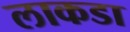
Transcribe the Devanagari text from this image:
लाकडा